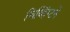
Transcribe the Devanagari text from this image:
चिव्हिंग्टने